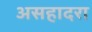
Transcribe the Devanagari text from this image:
असहादरा